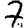
Digit: 7